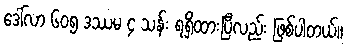
ဒေါ်လာ ၆၀၅ ဒဿမ ၄ သန်း ရရှိထားပြီလည်း ဖြစ်ပါတယ်။